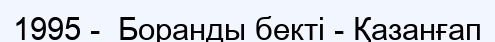
1995 -  Боранды бекті - Қазанғап